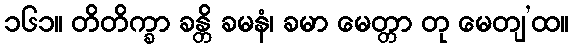
၁၆၁။ တိတိက္ခာ ခန္တိ ခမနံ၊ ခမာ မေတ္တာ တု မေတျ’ထ။